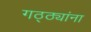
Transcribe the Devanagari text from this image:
गठ्ठ्यांना